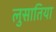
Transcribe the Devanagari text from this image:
लुसातिया